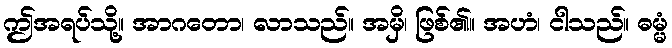
ဤအရပ်သို့။ အာဂတော၊ လာသည်။ အမှိ၊ ဖြစ်၏။ အဟံ၊ ငါသည်။ ဓမ္မံ